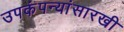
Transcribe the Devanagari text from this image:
उपकंपन्यांसारखी